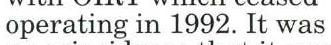
operating in 1992. It was